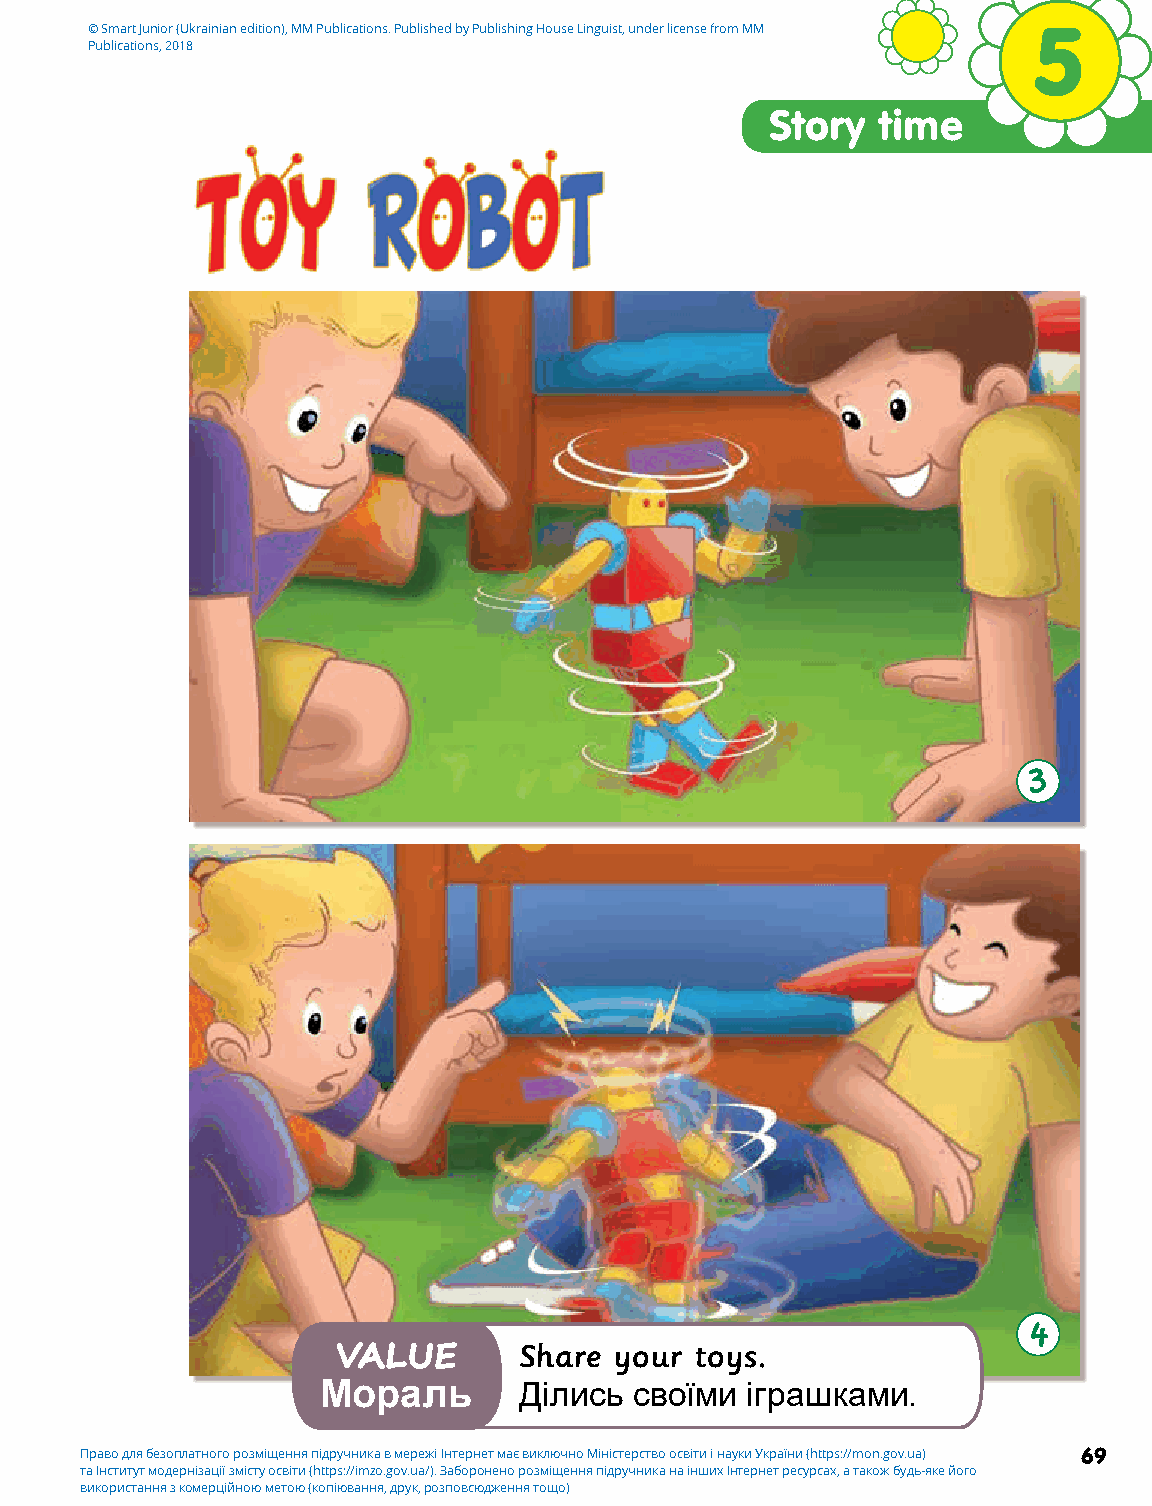
© Smart Junior (Ukrainian edition), MM Publications. Published by Publishing House Linguist, under license from MM 5
 Publications, 2018
 Story  time
 3
 4
 Share  your toys.
 VALUE
 Мораль       Ділись  своїми іграшками.
 Право для безоплатного розміщення підручника в мережі Інтернет має виключно Міністерство освіти і науки України (https://mon.gov.ua) 69
 та Інститут модернізації змісту освіти (https://imzo.gov.ua/). Заборонено розміщення підручника на інших Інтернет ресурсах, а також будь-яке його
 використання з комерційною метою (копіювання, друк, розповсюдження тощо)